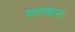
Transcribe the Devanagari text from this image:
मालखाना